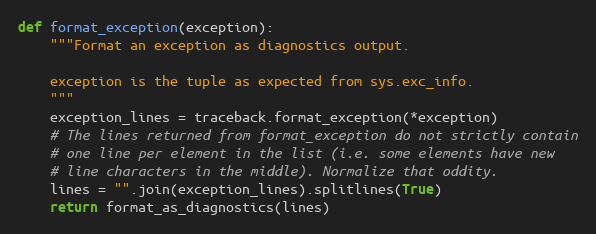
Language: Python
def format_exception(exception):
    """Format an exception as diagnostics output.

    exception is the tuple as expected from sys.exc_info.
    """
    exception_lines = traceback.format_exception(*exception)
    # The lines returned from format_exception do not strictly contain
    # one line per element in the list (i.e. some elements have new
    # line characters in the middle). Normalize that oddity.
    lines = "".join(exception_lines).splitlines(True)
    return format_as_diagnostics(lines)